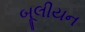
બૂલીયન